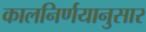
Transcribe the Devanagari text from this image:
कालनिर्णयानुसार